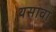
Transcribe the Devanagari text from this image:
यसावा